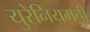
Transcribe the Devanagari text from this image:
युरेनियमची